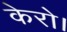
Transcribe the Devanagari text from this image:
केरो।